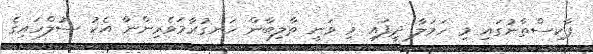
ޕާކިސްތާނުގައި މި ހަމަލާ ދީފައި މި ވަނީ ތާލިބާން ހަނގުރާމަވެރިންނާ އެކު ސުލްހައިގެ